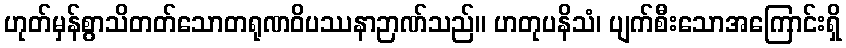
ဟုတ်မှန်စွာသိတတ်သောတရုဏဝိပဿနာဉာဏ်သည်။ ဟတုပနိသံ၊ ပျက်စီးသောအကြောင်းရှိ